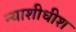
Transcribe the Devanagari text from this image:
न्‍याशीधीश